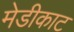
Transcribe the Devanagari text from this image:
मेडीकाट